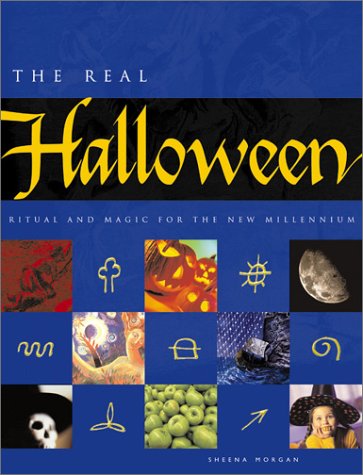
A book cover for The Real Halloween: Ritual and Magic for the New Millennium; Sheena Morgan; Cookbooks, Food & Wine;